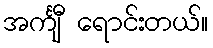
အင်္ကျီ ရောင်းတယ်။